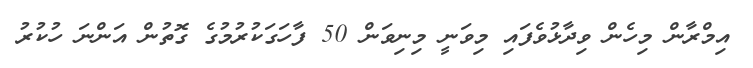
އިމްރާން މިހެން ވިދާޅުވެފައި މިވަނީ މިނިވަން 50 ފާހަގަކުރުމުގެ ގޮތުން އަންނަ ހުކުރު